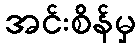
အင်းစိန်မှ